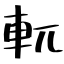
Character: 軏